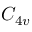
C _ { 4 v }